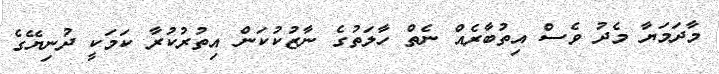
މާދަމަޔާ މެދު ވެސް އިތުބާރެއް ނެތް ހާލަތުގެ ނާޒުކުކަން އިތުރުކުރާ ކަމަކީ ދުނިޔޭގެ